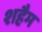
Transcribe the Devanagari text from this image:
शहैम